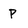
Character: P